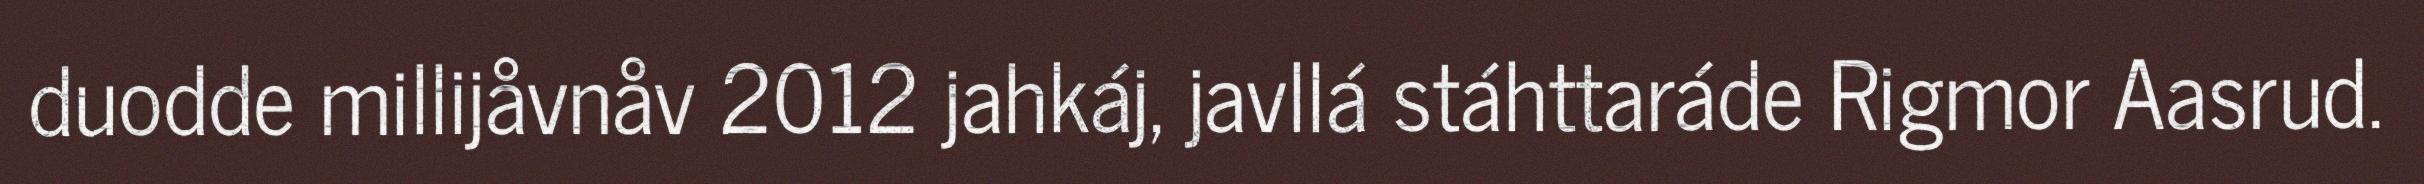
duodde millijåvnåv 2012 jahkáj, javllá stáhttaráde Rigmor Aasrud.